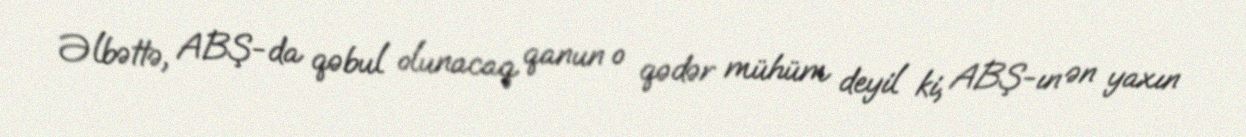
Əlbəttə, ABŞ-da qəbul olunacaq qanun o qədər mühüm deyil ki, ABŞ-ın ən yaxın